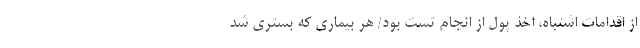
از اقدامات اشتباه، اخذ پول از انجام تست بود/ هر بیماری که بستری شد